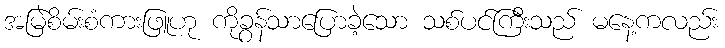
အမြဲစိမ်းစံကားဖြူဟု ကိုခွန်သာပြောခဲ့သော သစ်ပင်ကြီးသည် မနေ့ကလည်း